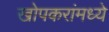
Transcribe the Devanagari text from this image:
खोपकरांमध्ये